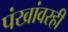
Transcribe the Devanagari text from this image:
पंखांवरही